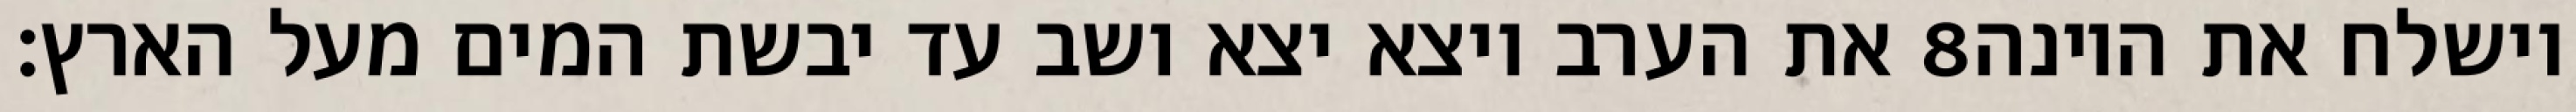
את הערב ויצא יצא ושב עד יבשת המים מעל הארץ׃ ‎8‏ וישלח את היונה